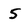
Character: 5